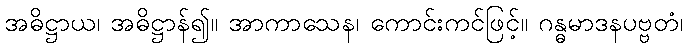
အဓိဋ္ဌာယ၊ အဓိဋ္ဌာန်၍။ အာကာသေန၊ ကောင်းကင်ဖြင့်။ ဂန္ဓမာဒနပဗ္ဗတံ၊